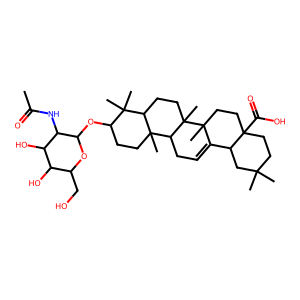
SMILES: CC(=O)NC1C(OC2CCC3(C)C(CCC4(C)C3CC=C3C5CC(C)(C)CCC5(C(=O)O)CCC34C)C2(C)C)OC(CO)C(O)C1O
Inhibits HIV replication: No